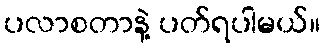
ပလာစတာနဲ့ ပတ်ရပါမယ်။